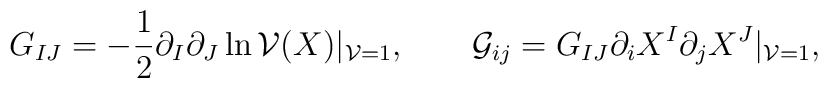
G_{IJ} = -\frac12\partial_I\partial_J\ln {\cal V}(X)|_{{\cal V}=1}, \qquad{\cal G}_{ij} = G_{IJ}\partial_i X^I\partial_j X^J|_{{\cal V}=1},